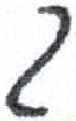
אות: ך